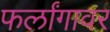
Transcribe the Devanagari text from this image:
फर्लांगावर